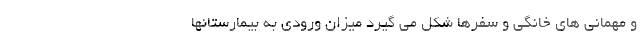
و مهمانی های خانگی و سفرها شکل می گیرد میزان ورودی به بیمارستانها